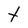
Character: t